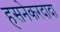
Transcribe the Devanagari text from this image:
हसनेकरदादा